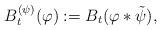
LaTeX: \begin{align*}B^{(\psi)}_t(\varphi) := B_t(\varphi*\tilde{\psi}),\end{align*}